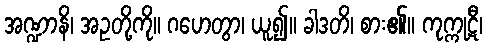
အဏ္ဍာနိ၊ အဥတို့ကို။ ဂဟေတွာ၊ ယူ၍။ ခါဒတိ၊ စား၏။ ကုက္ကုဋီ၊